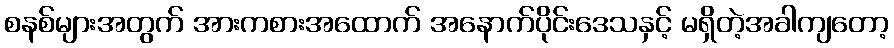
စနစ်များအတွက် အားကစားအထောက် အနောက်ပိုင်းဒေသနှင့် မရှိတဲ့အခါကျတော့